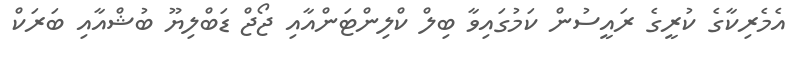
އެމެރިކާގެ ކުރީގެ ރައީސުން ކަމުގައިވާ ބިލް ކްލިންޓަންއާއި ޖޯޖް ޑަބްލިޔޫ ބުޝްއާއި ބަރަކް